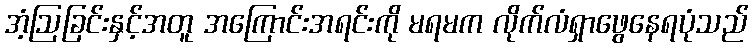
အံ့ဩခြင်းနှင့်အတူ အကြောင်းအရင်းကို မရမက လိုက်လံရှာဖွေနေရပုံသည်